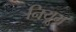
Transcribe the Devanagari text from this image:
नियूम